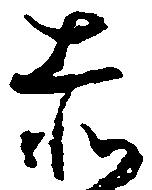
赤